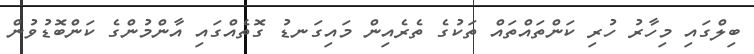
ބިލްގައި މިހާރު ހުރި ކަންތައްތައް ތަކުގެ ތެރެއިން މައިގަނޑު ގޮތެއްގައި އާންމުންގެ ކަންބޮޑުވުން